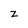
Character: z